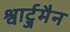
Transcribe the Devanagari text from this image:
श्वार्ट्जमैन